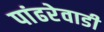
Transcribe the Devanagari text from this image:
पांढरेवाडी